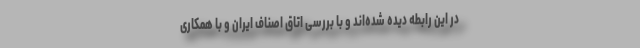
در این رابطه دیده شده‌اند و با بررسی اتاق اصناف ایران و با همکاری